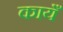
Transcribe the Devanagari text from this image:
कायँ